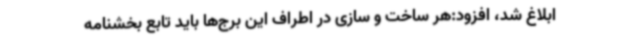
ابلاغ شد، افزود:هر ساخت و سازی در اطراف این برج‌ها باید تابع بخشنامه